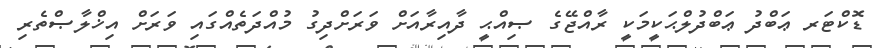
ޑޮކްޓަރ ޢަބްދު ޢަބްދުލްޙަކީމަކީ ރާއްޖޭގެ ޞިއްޙީ ދާއިރާއަށް ވަރަށްދިގު މުއްދަތެއްގައި ވަރަށް އިޚްލާޞްތެރި